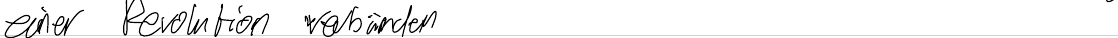
einer Revolution verbünden